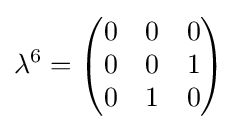
\lambda ^{6}={\begin{pmatrix}0&0&0\\0&0&1\\0&1&0\end{pmatrix}}